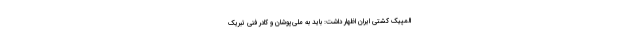
المپیک کشتی ایران اظهار داشت: باید به ملی‌پوشان و کادر فنی تبریک